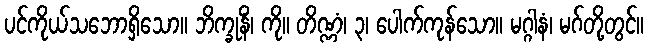
ပင်ကိုယ်သဘောရှိသော။ ဘိက္ခုနိံ၊ ကို။ တိဏ္ဏံ၊ ၃၊ ပေါက်ကုန်သော။ မဂ္ဂါနံ၊ မဂ်တို့တွင်။